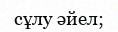
сұлу әйел;